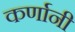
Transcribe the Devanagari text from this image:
कर्णानी